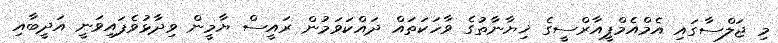
މި ޖަލްސާގައި އެމްއެމްޕީއާރްސީގެ ޚިޔާނާތުގެ ވާހަކަތައް ދައްކަވަމުން ރައީސް ޔާމީން ވިދާޅުވެފައިވަނީ އަދީބާއި